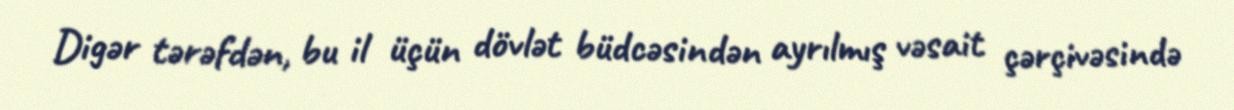
Digər tərəfdən, bu il üçün dövlət büdcəsindən ayrılmış vəsait çərçivəsində